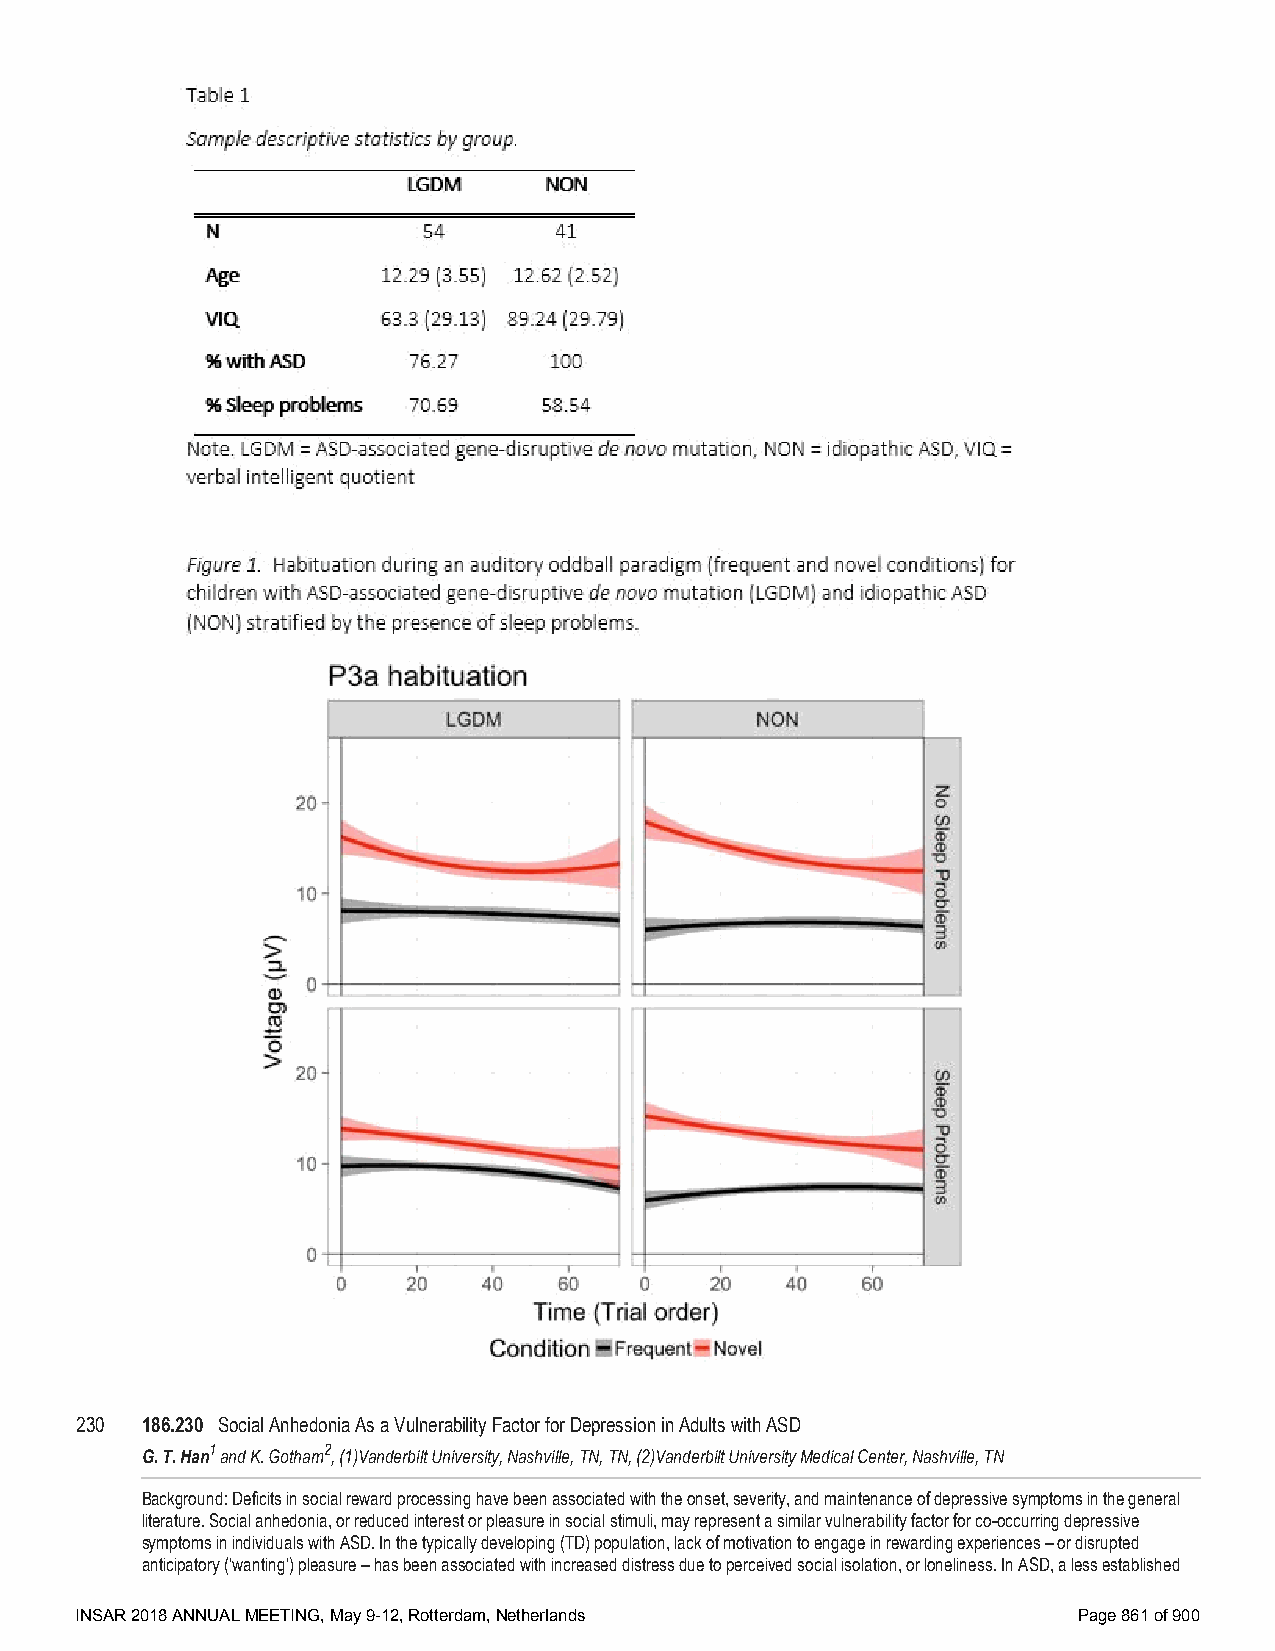
230 186.230 Social Anhedonia As a Vulnerability Factor for Depression in Adults with ASD
 G. T. Han1 and K. Gotham2, (1)Vanderbilt University, Nashville, TN, TN, (2)Vanderbilt University Medical Center, Nashville, TN
 Background: Deficits in social reward processing have been associated with the onset, severity, and maintenance of depressive symptoms in the general
 literature. Social anhedonia, or reduced interest or pleasure in social stimuli, may represent a similar vulnerability factor for co-occurring depressive
 symptoms in individuals with ASD. In the typically developing (TD) population, lack of motivation to engage in rewarding experiences – or disrupted
 anticipatory (‘wanting’) pleasure – has been associated with increased distress due to perceived social isolation, or loneliness. In ASD, a less established
 INSAR 2018 ANNUAL MEETING, May 9-12, Rotterdam, Netherlands       Page 861 of 900